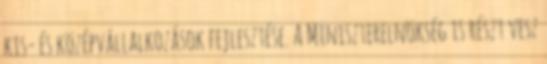
kis- és középvállalkozások fejlesztése. A Miniszterelnökség is részt vesz